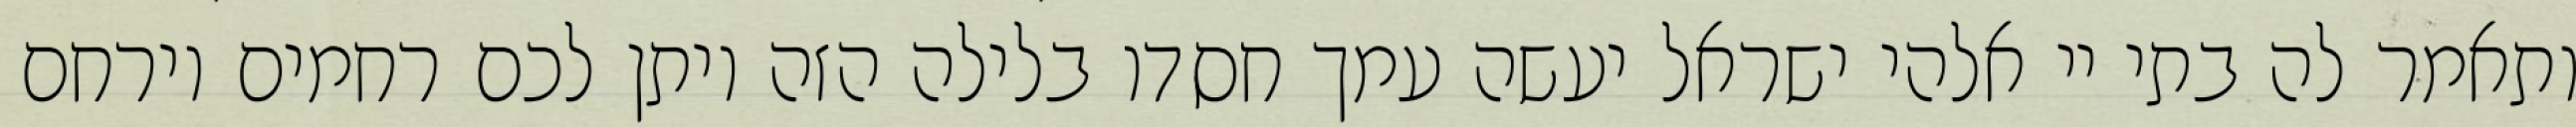
ותאמר לה בתי יי אלהי ישראל יעשה עמך חסדו בלילה הזה ויתן לכם רחמים וירחם